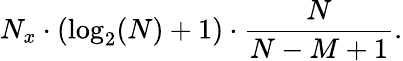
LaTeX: N_{x}\cdot(\log_{2}(N)+1)\cdot{\frac{N}{N-M+1}}.